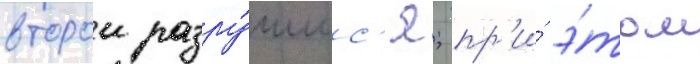
второи разру́шилс'я; пр'и́ э́том